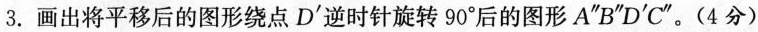
3.画出将平移后的图形绕点D ^ { \prime }逆时针旋转90°后的图形A″B″D ^ { \prime }C″。(4分)